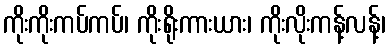
ကိုးကိုးကပ်ကပ်၊ ကိုးရိုးကားယား၊ ကိုးလိုးကန့်လန့်၊